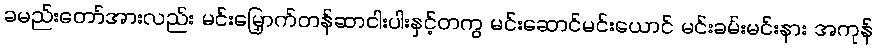
ခမည်းတော်အားလည်း မင်းမြှောက်တန်ဆာငါးပါးနှင့်တကွ မင်းဆောင်မင်းယောင် မင်းခမ်းမင်းနား အကုန်